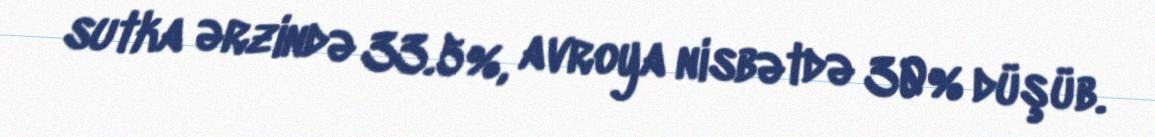
sutka ərzində 33.5%, avroya nisbətdə 30% düşüb.